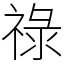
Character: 祿